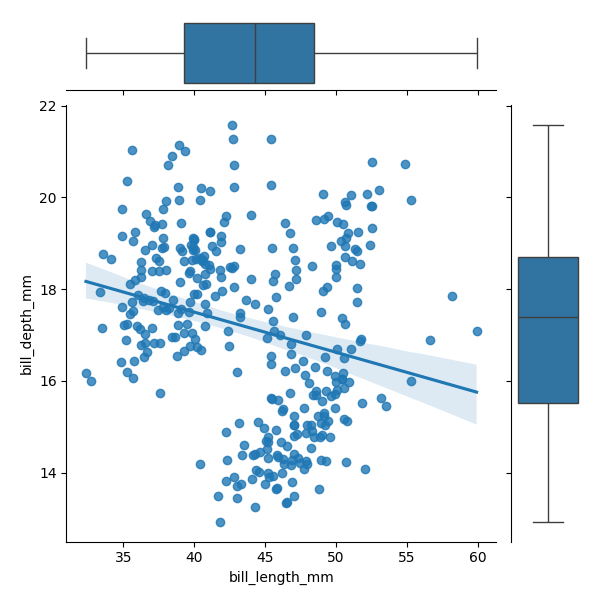
python, seaborn, JointGrid, regplot, boxplot